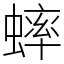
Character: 蟀